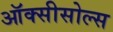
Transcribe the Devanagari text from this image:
ऑक्सीसोल्स